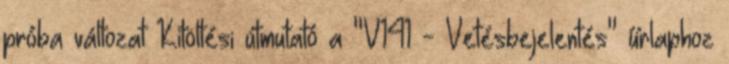
próba változat Kitöltési útmutató a "V141 - Vetésbejelentés" űrlaphoz